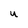
Character: U